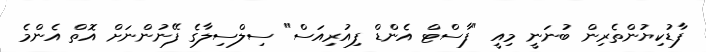
ފާޑުކިޔުންތެރިން ބުނަނީ މިއީ "ފާސްޓް އެންޑް ފިއުރިއަސް" ސިލްސިލާގެ ފޭނުންނަށް އޮތް އެންމެ